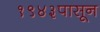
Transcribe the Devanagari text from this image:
१९४३पासून